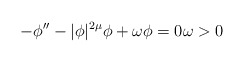
\begin{align*}-\phi'' - |\phi|^{2\mu} \phi +\omega \phi =0 \omega >0\end{align*}